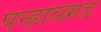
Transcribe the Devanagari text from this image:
पन्हाळ्गड